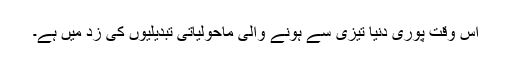
اس وقت پوری دنیا تیزی سے ہونے والی ماحولیاتی تبدیلیوں کی زد میں ہے۔